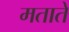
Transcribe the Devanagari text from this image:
मताते